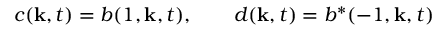
c ( { \bf k } , t ) = b ( 1 , { \bf k } , t ) , \qquad d ( { \bf k } , t ) = b ^ { \ast } ( - 1 , { \bf k } , t )